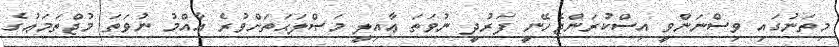
މިތަނުގައި ވިސްނަންވީ އިސްކުރަންޖެހޭނީ ފަރުދީ ނުވަތަ ޢާއިލީ މަޞްލަޙަތަށްވުރެ ޢާއްމު ނުވަތަ މުޖްތަމަޢުގެ